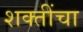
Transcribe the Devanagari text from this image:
शक्‍तींचा